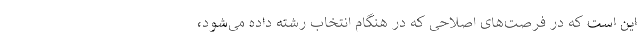
این است که در فرصت‌های اصلاحی که در هنگام انتخاب رشته داده می‌شود،